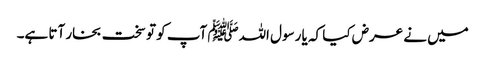
میں نے عرض کیا کہ یا رسول اللہﷺ آپ کو تو سخت بخار آتا ہے۔